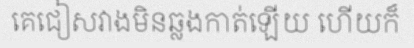
គេជៀសវាងមិនឆ្លងកាត់ឡើយ ហើយក៏